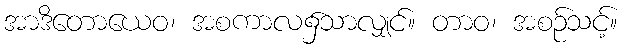
အာဒိတောယေဝ၊ အစကာလ၌သာလျှင်။ တာဝ၊ အစဉ်သင့်။